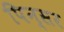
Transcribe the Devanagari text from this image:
पिन्सर